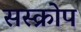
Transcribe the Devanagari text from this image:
सस्क्रोप